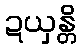
ဍယှန္တိ